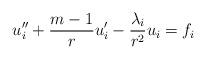
LaTeX: \begin{align*}u_i'' + \frac{m-1}{r}u_i' - \frac{\lambda_i}{r^2}u_i = {f}_i\end{align*}